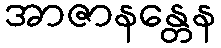
အာဇာနန္တေန